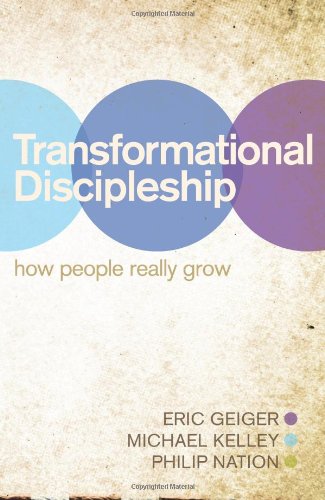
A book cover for Transformational Discipleship: How People Really Grow; Eric Geiger; Christian Books & Bibles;